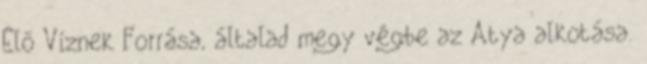
Élő Víznek Forrása, általad megy végbe az Atya alkotása.